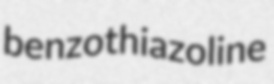
benzothiazoline